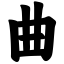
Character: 曲